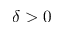
\delta > 0